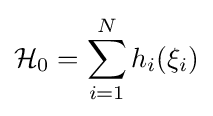
{\mathcal {H}}_{0}=\sum _{i=1}^{N}h_{i}(\xi _{i})